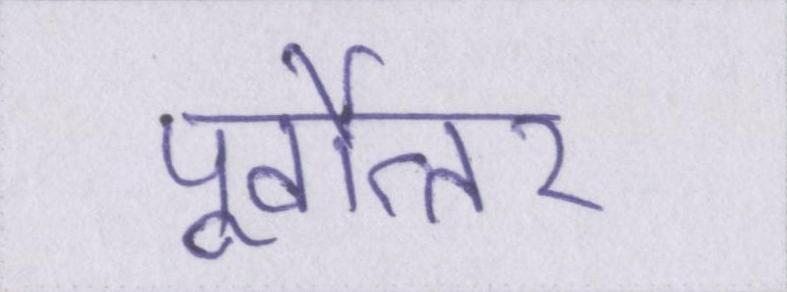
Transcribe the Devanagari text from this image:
पूर्वोत्तर